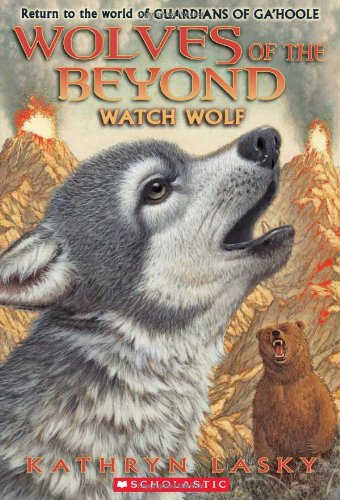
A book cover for Wolves of the Beyond #3: Watch Wolf; Kathryn Lasky; Children's Books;